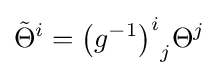
{\tilde {\Theta }}^{i}={\left(g^{-1}\right)^{i}}_{j}\Theta ^{j}